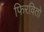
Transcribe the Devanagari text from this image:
फिरवितो